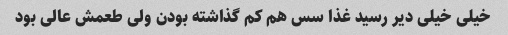
خیلی خیلی دیر رسید غذا سس هم کم گذاشته بودن ولی طعمش عالی بود